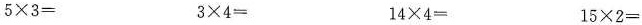
$$5\times 3=$$ $$3\times 4=$$ $$14\times 4=$$ $$15\times 2=$$